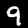
Digit: 9